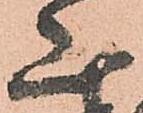
山